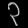
Digit: ၃